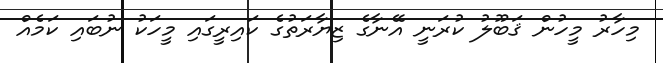
މިހާރު މީހުން ޤަބޫލު ކުރަނީ އޭނާގެ ޒިޔާރަތުގެ ކައިރީގައި މީހަކު ނުބައި ކަމެއް